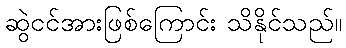
ဆွဲငင်အားဖြစ်ကြောင်း သိနိုင်သည်။